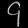
Digit: ၄